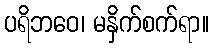
ပရိဘဝေ၊ မနှိက်စက်ရာ။